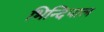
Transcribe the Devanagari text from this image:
भिन्दिपाल